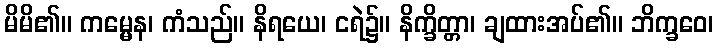
မိမိ၏။ ကမ္မေန၊ ကံသည်။ နိရယေ၊ ငရဲ၌။ နိက္ခိတ္တာ၊ ချထားအပ်၏။ ဘိက္ခဝေ၊